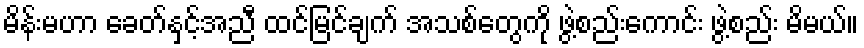
မိန်းမဟာ ခေတ်နှင့်အညီ ထင်မြင်ချက် အသစ်တွေကို ဖွဲ့စည်းကောင်း ဖွဲ့စည်း မိမယ်။